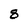
Character: 8